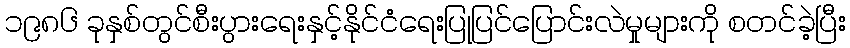
၁၉၈၆ ခုနှစ်တွင်စီးပွားရေးနှင့်နိုင်ငံရေးပြုပြင်ပြောင်းလဲမှုများကို စတင်ခဲ့ပြီး